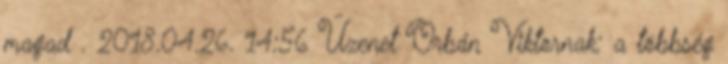
magad . 2018.04.26. 14:56 Üzenet Orbán Viktornak: a többség